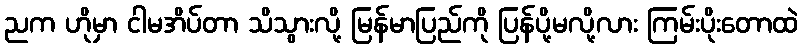
ညက ဟိုမှာ ငါမအိပ်တာ သိသွားလို့ မြန်မာပြည်ကို ပြန်ပို့မလို့လား ကြမ်းပိုးတောထဲ